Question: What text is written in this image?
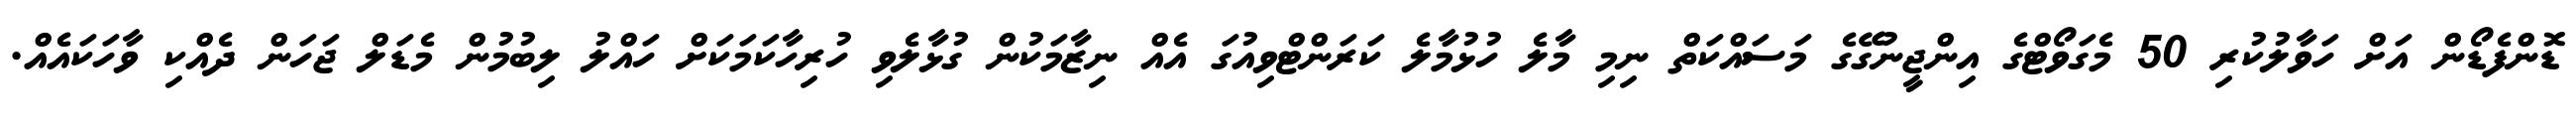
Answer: ޑޮންފެޑޯން އަށް ހަވާލުކުރި 50 މެގަވޯޓްގެ އިންޖީނުގޭގެ މަސައްކަތް ނިމި މާލެ ހުޅުމާލެ ކަރަންޓްވިއުގަ އެއް ނިޒާމަކުން ގުޅާލެވި ހުރިހާކަމަކަށް ހައްލު ލިބުމުން މެޑަލް ޖަހަން ދެއްކި ވާހަކައެއް.